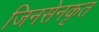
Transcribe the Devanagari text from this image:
जिनसेनकृत